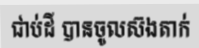
ជាប់ដី បានចូលស៊ងតាក់